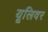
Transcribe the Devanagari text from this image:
यूलिवर